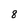
Character: 8